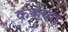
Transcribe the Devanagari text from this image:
कऱ्हेच्या